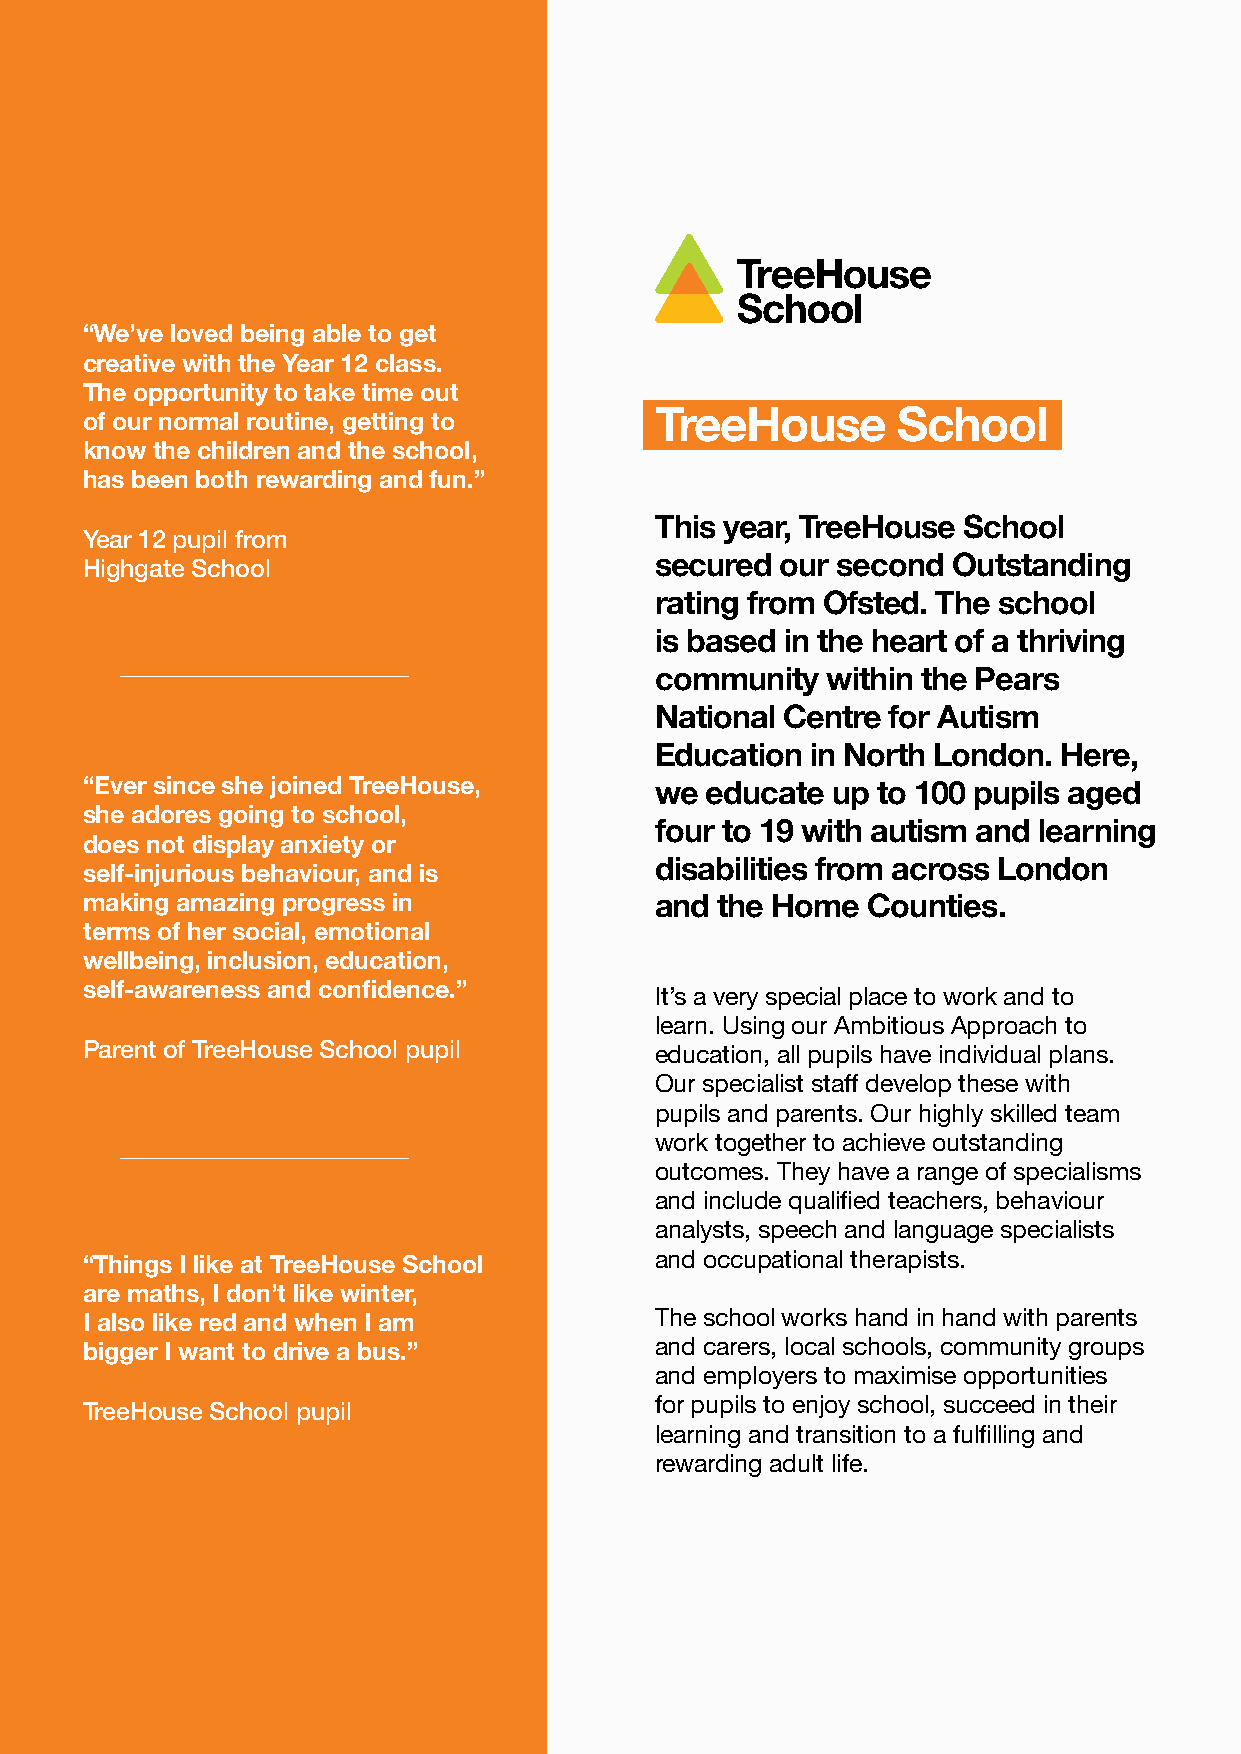
“We’ve loved being able to get
 creative with the Year 12 class.
 The opportunity to take time out
 of our normal routine, getting to     TreeHouse       School
 know the children and the school,
 has been both rewarding and fun.”
 This year, TreeHouse School
 Year 12 pupil from
 Highgate School                       secured  our second Outstanding
 rating from Ofsted. The school
 is based in the heart of a thriving
 community   within the Pears
 National Centre for Autism
 Education  in North London. Here,
 “Ever since she joined TreeHouse,     we  educate up to 100 pupils aged
 she adores going to school,
 four to 19 with autism and learning
 does not display anxiety or
 self-injurious behaviour, and is      disabilities from across London
 making amazing progress in            and the Home  Counties.
 terms of her social, emotional
 wellbeing, inclusion, education,
 self-awareness and confidence.”
 It’s a very special place to work and to
 learn. Using our Ambitious Approach to
 Parent of TreeHouse School pupil
 education, all pupils have individual plans.
 Our specialist staff develop these with
 pupils and parents. Our highly skilled team
 work together to achieve outstanding
 outcomes. They have a range of specialisms
 and include qualified teachers, behaviour
 analysts, speech and language specialists
 “Things I like at TreeHouse School    and occupational therapists.
 are maths, I don’t like winter,
 I also like red and when I am         The school works hand in hand with parents
 bigger I want to drive a bus.”        and carers, local schools, community groups
 and employers to maximise opportunities
 TreeHouse School pupil                for pupils to enjoy school, succeed in their
 learning and transition to a fulfilling and
 rewarding adult life.